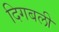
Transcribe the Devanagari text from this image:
दिगबली